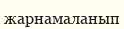
жарнамаланып